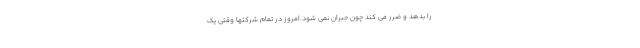
را بدهد و ضرر می کند چون جبران نمی شود.امروز در تمام شرکتها وقتی یک